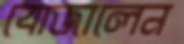
বোজালেন